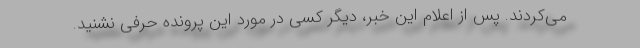
می‌کردند. پس از اعلام این خبر، دیگر کسی در مورد این پرونده حرفی نشنید.